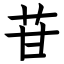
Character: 苷